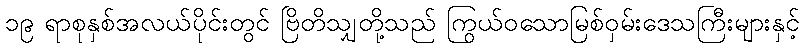
၁၉ ရာစုနှစ်အလယ်ပိုင်းတွင် ဗြိတိသျှတို့သည် ကြွယ်ဝသောမြစ်ဝှမ်းဒေသကြီးများနှင့်